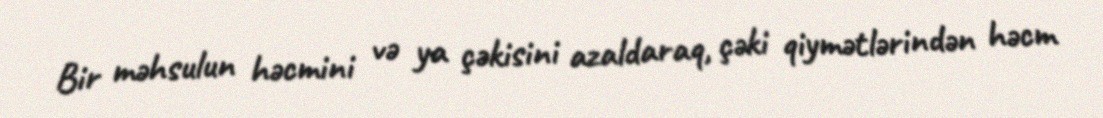
Bir məhsulun həcmini və ya çəkisini azaldaraq, çəki qiymətlərindən həcm